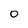
Character: 0